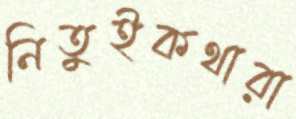
নিতুইকথারা